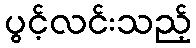
ပွင့်လင်းသည့်